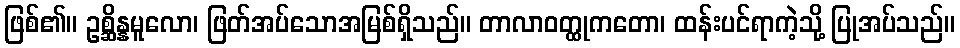
ဖြစ်၏။ ဥစ္ဆိန္နမူလော၊ ဖြတ်အပ်သောအမြစ်ရှိသည်။ တာလာဝတ္ထုကတော၊ ထန်းပင်ရာကဲ့သို့ ပြုအပ်သည်။